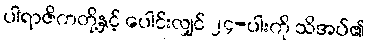
ပါရာဇိကတို့နှင့် ပေါင်းလျှင် ၂၄-ပါးကို သိအပ်၏